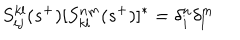
S _ { i j } ^ { k l } ( s ^ { + } ) [ S _ { k l } ^ { n m } ( s ^ { + } ) ] ^ { * } = \delta _ { i } ^ { n } \delta _ { l } ^ { m }